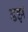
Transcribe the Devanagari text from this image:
डझ